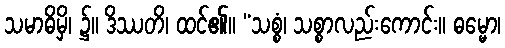
သမာဓိမှိ၊ ၌။ ဒိဿတိ၊ ထင်၏။ “သစ္စံ၊ သစ္စာလည်းကောင်း။ ဓမ္မော၊